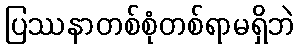
ပြဿနာတစ်စုံတစ်ရာမရှိဘဲ